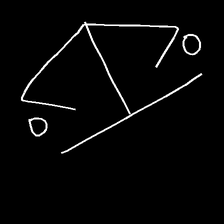
Glyph: earth